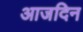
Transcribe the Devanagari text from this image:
आजदिन